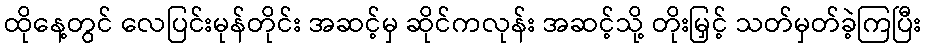
ထိုနေ့တွင် လေပြင်းမုန်တိုင်း အဆင့်မှ ဆိုင်ကလုန်း အဆင့်သို့ တိုးမြှင့် သတ်မှတ်ခဲ့ကြပြီး